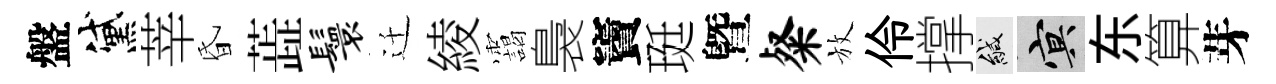
盤黛莘昏蕋鬟迁綾靄裊竇珽曁粲放伶撑緘冥东算芽